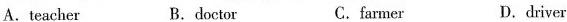
A.teacher B.doctor C.farmer D.driver